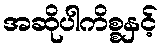
အဆိုပါကိစ္စနှင့်